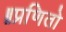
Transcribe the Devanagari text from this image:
॥प्रणितो